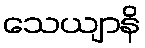
သေယျာနိ